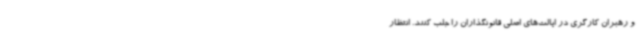
و رهبران کارگری در ایالت‌های اصلی قانونگذاران را جلب کنند. انتظار